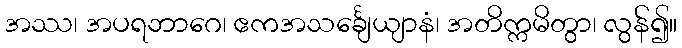
အဿ၊ အပရဘာဂေ၊ ဧကအသင်္ချေယျာနံ၊ အတိက္ကမိတွာ၊ လွန်၍။